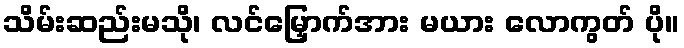
သိမ်းဆည်းမသို၊ လင်မြှောက်အား မယား လောကွတ် ပို။